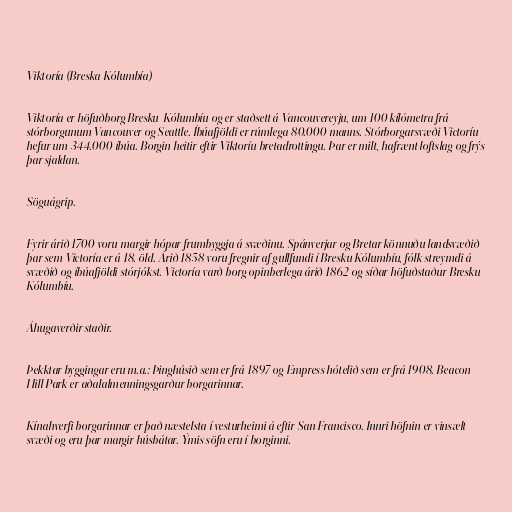
Viktoría (Breska Kólumbía)

Viktoría er höfuðborg Bresku-Kólumbíu og er staðsett á Vancouvereyju, um 100 kílómetra frá
stórborgunum Vancouver og Seattle. Íbúafjöldi er rúmlega 80.000 manns. Stórborgarsvæði Victoríu
hefur um 344.000 íbúa. Borgin heitir eftir Viktoríu bretadrottingu. Þar er milt, hafrænt loftslag og frýs
þar sjaldan.

Söguágrip.

Fyrir árið 1700 voru margir hópar frumbyggja á svæðinu. Spánverjar og Bretar könnuðu landsvæðið
þar sem Victoría er á 18. öld. Árið 1858 voru fregnir af gullfundi í Bresku Kólumbíu, fólk streymdi á
svæðið og íbúafjöldi stórjókst. Victoría varð borg opinberlega árið 1862 og síðar höfuðstaður Bresku
Kólumbíu.

Áhugaverðir staðir.

Þekktar byggingar eru m.a.: Þinghúsið sem er frá 1897 og Empress hótelið sem er frá 1908. Beacon
Hill Park er aðalalmenningsgarður borgarinnar.

Kínahverfi borgarinnar er það næstelsta í vesturheimi á eftir San Francisco. Innri höfnin er vinsælt
svæði og eru þar margir húsbátar. Ýmis söfn eru í borginni.